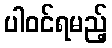
ပါဝင်ရမည့်